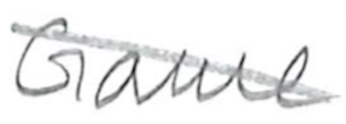
Text: Game
Cross-out: diagonal
Writing tool: pencil